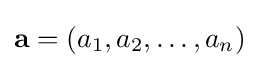
\mathbf {a} =(a_{1},a_{2},\dots ,a_{n})